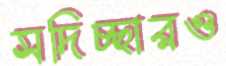
সদিচ্ছারও